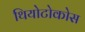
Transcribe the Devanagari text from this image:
थियोटोकोस